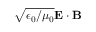
\sqrt { \epsilon _ { 0 } / \mu _ { 0 } } \mathbf { E } \cdot \mathbf { B }